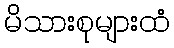
မိသားစုများထံ